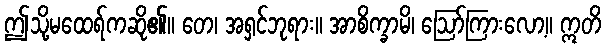
ဤသို့မထေရ်ကဆို၏။ တေ၊ အရှင်ဘုရား။ အာစိက္ခာမိ၊ ဩော်ကြားလော့။ ဣတိ